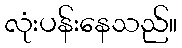
လုံးပန်းနေသည်။